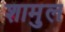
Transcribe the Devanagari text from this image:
शामुल